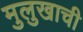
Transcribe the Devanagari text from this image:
मुलुखाची